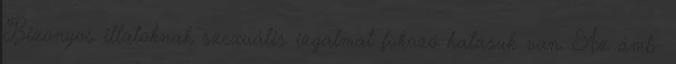
Bizonyos illatoknak szexuális izgalmat fokozó hatásuk van. Az ámb-